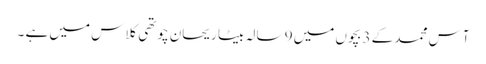
آس محمد کے 3 بچوں میں 9 سالہ بیٹا ریحان چوتھی کلاس میں ہے ۔